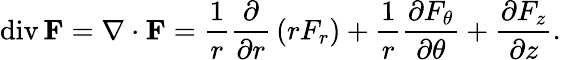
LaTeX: \operatorname{div}\mathbf{F}=\nabla\cdot\mathbf{F}={\frac{1}{r}}{\frac{\partial}{\partial r}}\left(rF_{r}\right)+{\frac{1}{r}}{\frac{\partial F_{\theta}}{\partial\theta}}+{\frac{\partial F_{z}}{\partial z}}.